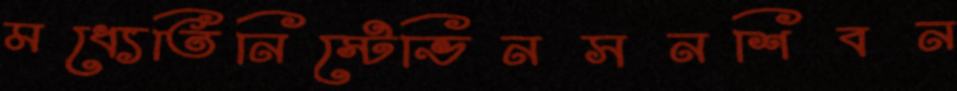
মধ্যেতিনিস্টেভিনসনশিবন